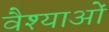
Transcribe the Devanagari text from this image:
वैश्याओं